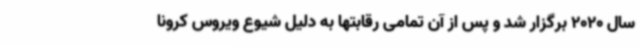
سال 2020 برگزار شد و پس از آن تمامی رقابتها به دلیل شیوع ویروس کرونا